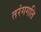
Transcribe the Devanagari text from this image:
तरंगगति